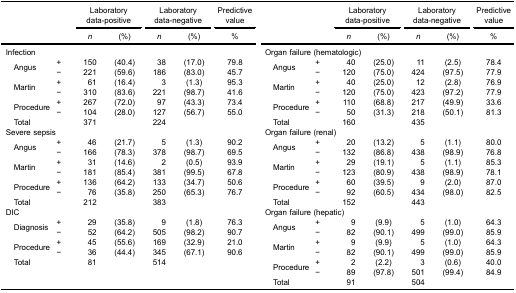
<table><thead><tr><td rowspan="3" colspan="2"><b> </b></td><td colspan="2"><b>Laboratorydata-positive</b></td><td colspan="2"><b>Laboratorydata-negative</b></td><td><b>Predictivevalue</b></td><td rowspan="3" colspan="2"><b> </b></td><td colspan="2"><b>Laboratorydata-positive</b></td><td colspan="2"><b>Laboratorydata-negative</b></td><td><b>Predictivevalue</b></td></tr><tr><td><b><i>n</i></b></td><td><b>(%)</b></td><td><b><i>n</i></b></td><td><b>(%)</b></td><td><b>%</b></td><td><b><i>n</i></b></td><td><b>(%)</b></td><td><b><i>n</i></b></td><td><b>(%)</b></td><td><b>%</b></td></tr></thead><tbody><tr><td colspan="7">Infection</td><td colspan="7">Organ failure (hematologic)</td></tr><tr><td rowspan="2"> Angus</td><td>+</td><td>150</td><td>(40.4)</td><td>38</td><td>(17.0)</td><td>79.8</td><td rowspan="2"> Angus</td><td>+</td><td>40</td><td>(25.0)</td><td>11</td><td>(2.5)</td><td>78.4</td></tr><tr><td>−</td><td>221</td><td>(59.6)</td><td>186</td><td>(83.0)</td><td>45.7</td><td>−</td><td>120</td><td>(75.0)</td><td>424</td><td>(97.5)</td><td>77.9</td></tr><tr><td rowspan="2"> Martin</td><td>+</td><td>61</td><td>(16.4)</td><td>3</td><td>(1.3)</td><td>95.3</td><td rowspan="2"> Martin</td><td>+</td><td>40</td><td>(25.0)</td><td>12</td><td>(2.8)</td><td>76.9</td></tr><tr><td>−</td><td>310</td><td>(83.6)</td><td>221</td><td>(98.7)</td><td>41.6</td><td>−</td><td>120</td><td>(75.0)</td><td>423</td><td>(97.2)</td><td>77.9</td></tr><tr><td rowspan="2"> Procedure</td><td>+</td><td>267</td><td>(72.0)</td><td>97</td><td>(43.3)</td><td>73.4</td><td rowspan="2"> Procedure</td><td>+</td><td>110</td><td>(68.8)</td><td>217</td><td>(49.9)</td><td>33.6</td></tr><tr><td>−</td><td>104</td><td>(28.0)</td><td>127</td><td>(56.7)</td><td>55.0</td><td>−</td><td>50</td><td>(31.3)</td><td>218</td><td>(50.1)</td><td>81.3</td></tr><tr><td> Total</td><td> </td><td>371</td><td> </td><td>224</td><td> </td><td> </td><td> Total</td><td> </td><td>160</td><td> </td><td>435</td><td> </td><td> </td></tr><tr><td colspan="7">Severe sepsis</td><td colspan="7">Organ failure (renal)</td></tr><tr><td rowspan="2"> Angus</td><td>+</td><td>46</td><td>(21.7)</td><td>5</td><td>(1.3)</td><td>90.2</td><td rowspan="2"> Angus</td><td>+</td><td>20</td><td>(13.2)</td><td>5</td><td>(1.1)</td><td>80.0</td></tr><tr><td>−</td><td>166</td><td>(78.3)</td><td>378</td><td>(98.7)</td><td>69.5</td><td>−</td><td>132</td><td>(86.8)</td><td>438</td><td>(98.9)</td><td>76.8</td></tr><tr><td rowspan="2"> Martin</td><td>+</td><td>31</td><td>(14.6)</td><td>2</td><td>(0.5)</td><td>93.9</td><td rowspan="2"> Martin</td><td>+</td><td>29</td><td>(19.1)</td><td>5</td><td>(1.1)</td><td>85.3</td></tr><tr><td>−</td><td>181</td><td>(85.4)</td><td>381</td><td>(99.5)</td><td>67.8</td><td>−</td><td>123</td><td>(80.9)</td><td>438</td><td>(98.9)</td><td>78.1</td></tr><tr><td rowspan="2"> Procedure</td><td>+</td><td>136</td><td>(64.2)</td><td>133</td><td>(34.7)</td><td>50.6</td><td rowspan="2"> Procedure</td><td>+</td><td>60</td><td>(39.5)</td><td>9</td><td>(2.0)</td><td>87.0</td></tr><tr><td>−</td><td>76</td><td>(35.8)</td><td>250</td><td>(65.3)</td><td>76.7</td><td>−</td><td>92</td><td>(60.5)</td><td>434</td><td>(98.0)</td><td>82.5</td></tr><tr><td> Total</td><td> </td><td>212</td><td> </td><td>383</td><td> </td><td> </td><td> Total</td><td> </td><td>152</td><td> </td><td>443</td><td> </td><td> </td></tr><tr><td colspan="7">DIC</td><td colspan="7">Organ failure (hepatic)</td></tr><tr><td rowspan="2"> Diagnosis</td><td>+</td><td>29</td><td>(35.8)</td><td>9</td><td>(1.8)</td><td>76.3</td><td rowspan="2"> Angus</td><td>+</td><td>9</td><td>(9.9)</td><td>5</td><td>(1.0)</td><td>64.3</td></tr><tr><td>−</td><td>52</td><td>(64.2)</td><td>505</td><td>(98.2)</td><td>90.7</td><td>−</td><td>82</td><td>(90.1)</td><td>499</td><td>(99.0)</td><td>85.9</td></tr><tr><td rowspan="2"> Procedure</td><td>+</td><td>45</td><td>(55.6)</td><td>169</td><td>(32.9)</td><td>21.0</td><td rowspan="2"> Martin</td><td>+</td><td>9</td><td>(9.9)</td><td>5</td><td>(1.0)</td><td>64.3</td></tr><tr><td>−</td><td>36</td><td>(44.4)</td><td>345</td><td>(67.1)</td><td>90.6</td><td>−</td><td>82</td><td>(90.1)</td><td>499</td><td>(99.0)</td><td>85.9</td></tr><tr><td> Total</td><td> </td><td>81</td><td> </td><td>514</td><td> </td><td> </td><td rowspan="2"> Procedure</td><td>+</td><td>2</td><td>(2.2)</td><td>3</td><td>(0.6)</td><td>40.0</td></tr><tr><td rowspan="2" colspan="7"> </td><td>−</td><td>89</td><td>(97.8)</td><td>501</td><td>(99.4)</td><td>84.9</td></tr><tr><td> Total</td><td> </td><td>91</td><td> </td><td>504</td><td> </td><td> </td></tr></tbody></table>